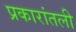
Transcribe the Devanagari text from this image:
प्रकारांतली